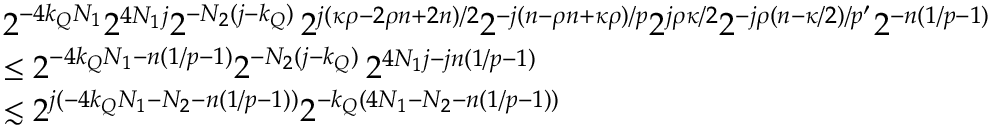
\begin{array} { r l } & { 2 ^ { - 4 k _ { Q } N _ { 1 } } 2 ^ { 4 N _ { 1 } j } 2 ^ { - N _ { 2 } ( j - k _ { Q } ) } \, 2 ^ { j ( \kappa \rho - 2 \rho n + 2 n ) / 2 } 2 ^ { - j ( n - \rho n + \kappa \rho ) / p } 2 ^ { j \rho \kappa / 2 } 2 ^ { - j \rho ( n - \kappa / 2 ) / p ^ { \prime } } 2 ^ { - n ( 1 / p - 1 ) } } \\ & { \leq 2 ^ { - 4 k _ { Q } N _ { 1 } - n ( 1 / p - 1 ) } 2 ^ { - N _ { 2 } ( j - k _ { Q } ) } \, 2 ^ { 4 N _ { 1 } j - j n ( 1 / p - 1 ) } } \\ & { \lesssim 2 ^ { j ( { - 4 k _ { Q } N _ { 1 } - N _ { 2 } - n ( 1 / p - 1 ) } ) } 2 ^ { - k _ { Q } ( { 4 N _ { 1 } - N _ { 2 } - n ( 1 / p - 1 ) } ) } } \end{array}